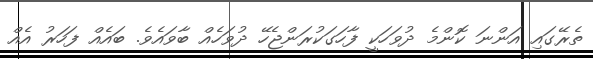
ތެރޭގައި އަންނަ ކޮންމެ ދުވަހަކީ ފާހަގަކުރަންޖެހޭ ދުވަހެއް ބާވައެވެ. ބައެއް ފަހަރު އެއް